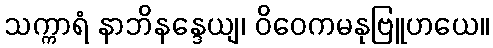
သက္ကာရံ နာဘိနန္ဒေယျ၊ ဝိဝေကမနုဗြူဟယေ။